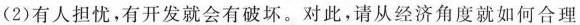
(2)有人担忧，有开发就会有破坏。对此，请从经济角度就如何合理